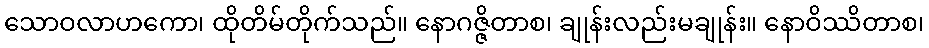
သောဝလာဟကော၊ ထိုတိမ်တိုက်သည်။ နောဂဇ္ဇိတာစ၊ ချုန်းလည်းမချုန်း။ နောဝိဿိတာစ၊